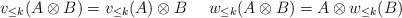
\begin{align*}v_{\leq k}(A \otimes B) = v_{\leq k}(A) \otimes B \ \ \ \ w_{\leq k}(A \otimes B) = A \otimes w_{\leq k}(B)\\\end{align*}